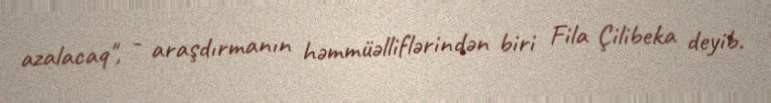
azalacaq", - araşdırmanın həmmüəlliflərindən biri Fila Çilibeka deyib.